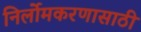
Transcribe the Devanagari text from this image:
निर्लोमकरणासाठी